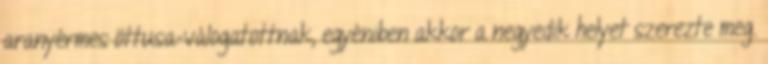
aranyérmes öttusa-válogatottnak, egyéniben akkor a negyedik helyet szerezte meg.